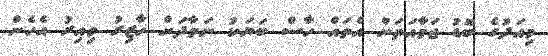
މިއަދުގެ ބޮޑު ޖަމާއަތަށް އެތައް ހާސް ބަޔަކު ނަމާދަށް ހާޒިރު ވިއިރު އެހެން